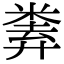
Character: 𢍨